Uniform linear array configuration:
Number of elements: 64
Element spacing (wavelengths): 1
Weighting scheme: hann
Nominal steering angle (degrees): -30
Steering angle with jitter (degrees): -29.096
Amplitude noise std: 0.05
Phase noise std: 0.05

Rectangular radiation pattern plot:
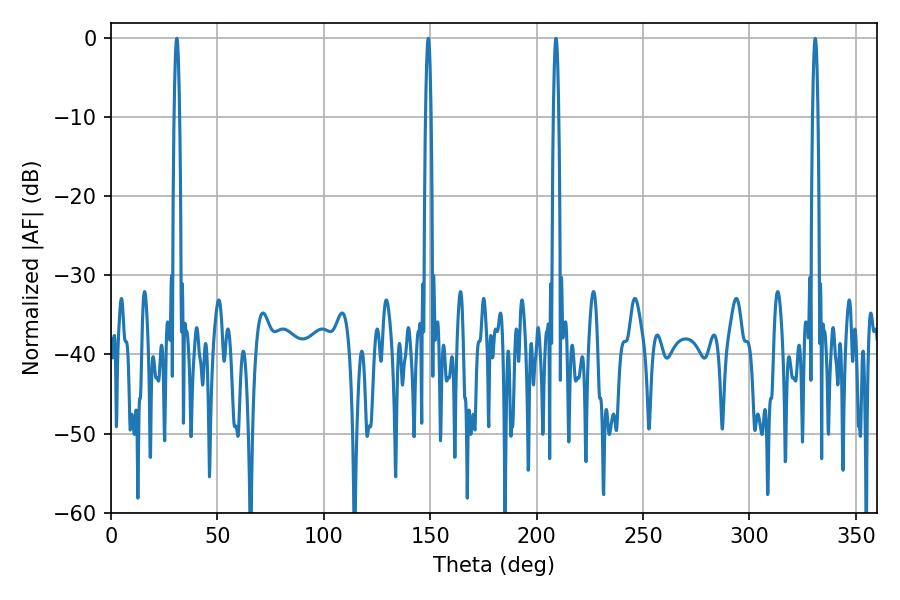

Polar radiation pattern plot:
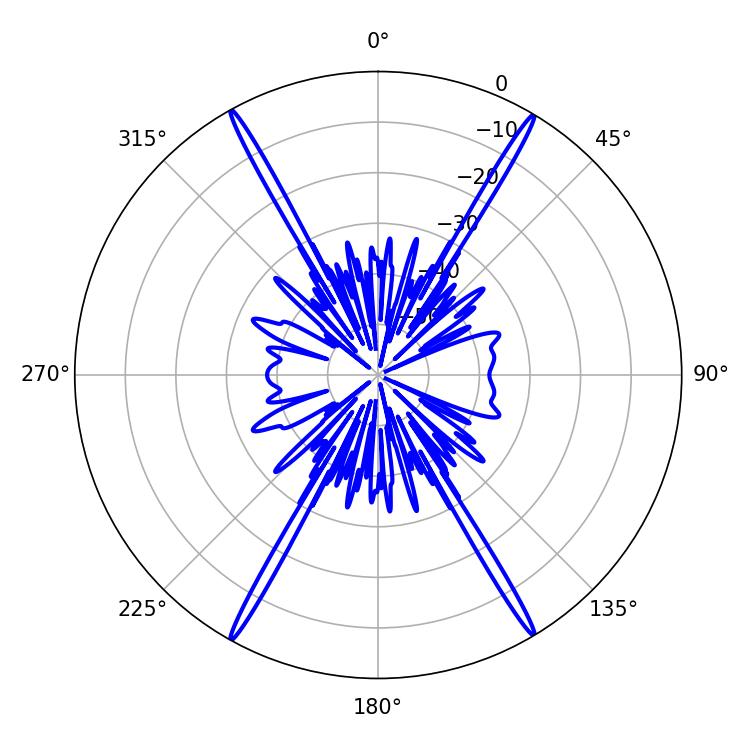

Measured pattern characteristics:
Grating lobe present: TRUE
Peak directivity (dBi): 29.918
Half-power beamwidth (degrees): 1.44
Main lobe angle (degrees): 149.04